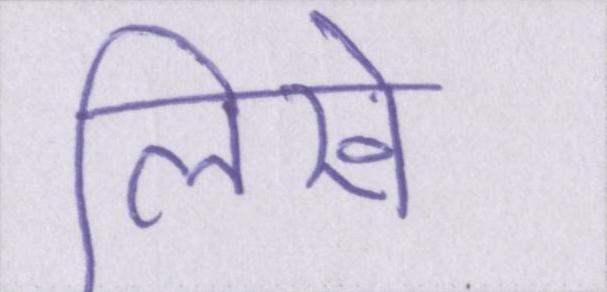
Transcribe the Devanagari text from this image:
लिखे